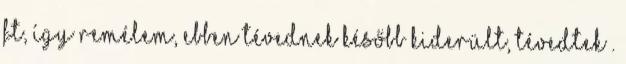
Ft, így remélem, ebben tévednek később kiderült, tévedtek .